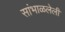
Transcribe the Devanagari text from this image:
सांभाळलेली